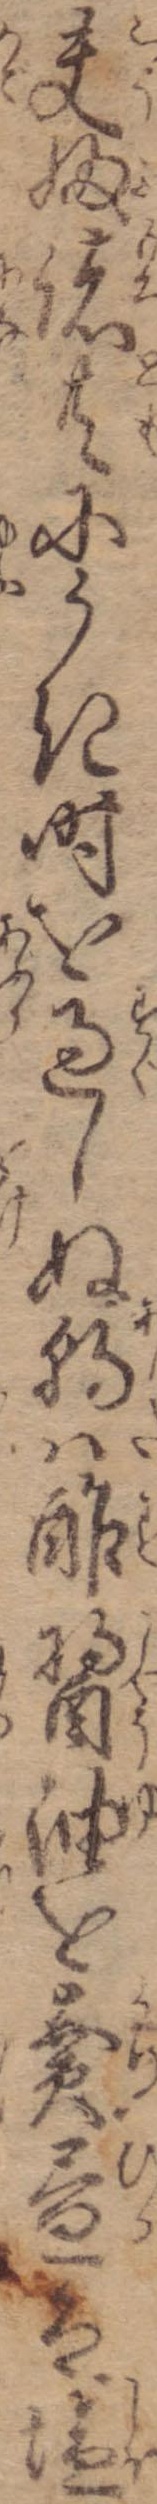
夫婦諸共にうき時を過しぬ朝は酢醤油を売昼は塩